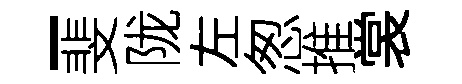
-斐陇左怱推裳